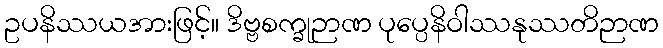
ဥပနိဿယအားဖြင့်။ ဒိဗ္ဗစက္ခုဉာဏ ပုပ္ပေနိဝါဿနုဿတိဉာဏ